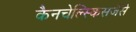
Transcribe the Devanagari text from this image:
कैनचेल्स्किसजैसे